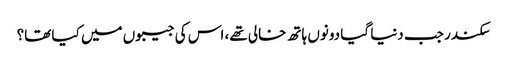
سکندر جب دنیا گیا دونوں ہاتھ خالی تھے، اس کی جیبوں میں کیا تھا؟